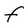
Character: F